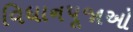
વિધાનપૂજાઓ